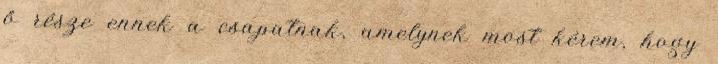
ő része ennek a csapatnak, amelynek most kérem, hogy